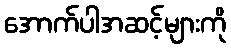
အောက်ပါအဆင့်များကို